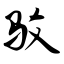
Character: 驳